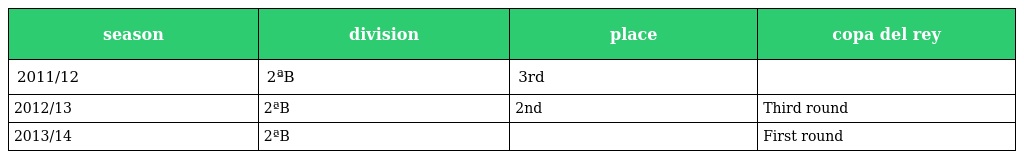
| season | division | place | copa del rey |
 | --- | --- | --- | --- |
 | 2011/12 | 2ªB | 3rd |  |
 | 2012/13 | 2ªB | 2nd | Third round |
 | 2013/14 | 2ªB |  | First round |